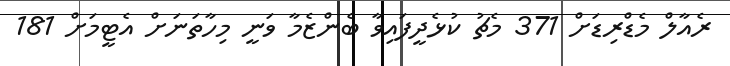
ރެއާލް މެޑްރިޑަށް 371 މެޗު ކުޅެދީފައިވާ ބެންޒެމާ ވަނީ މިހާތަނަށް އެޓީމަށް 181